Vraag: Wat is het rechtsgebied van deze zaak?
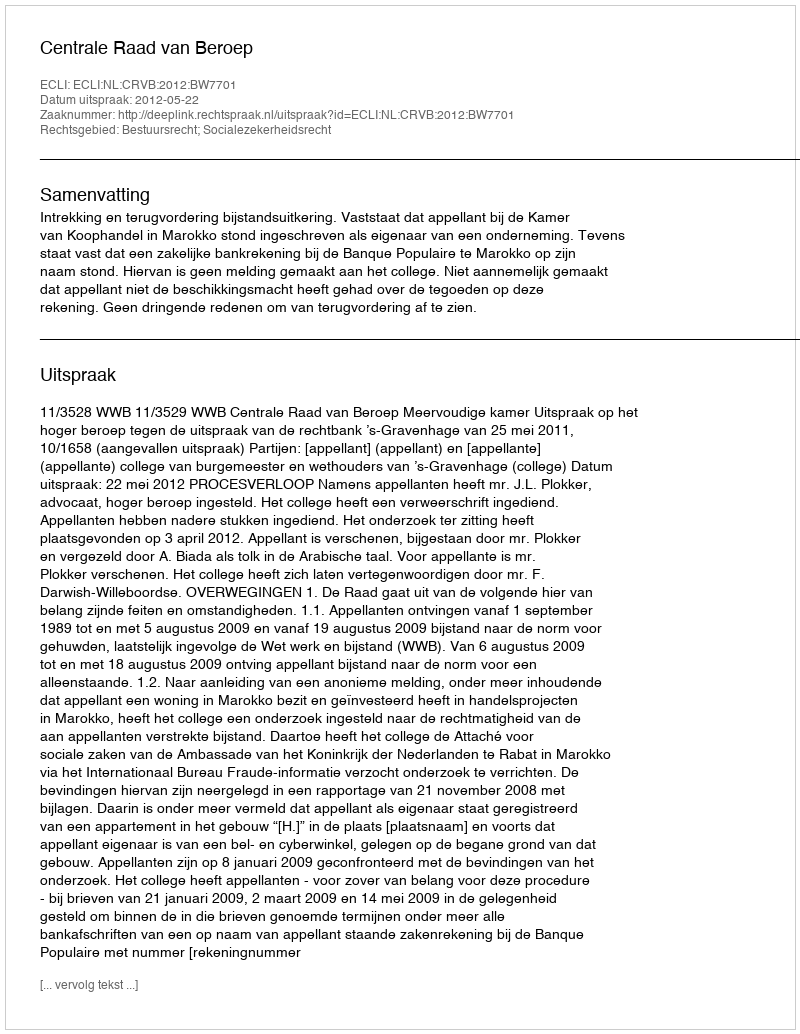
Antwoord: Bestuursrecht; Socialezekerheidsrecht